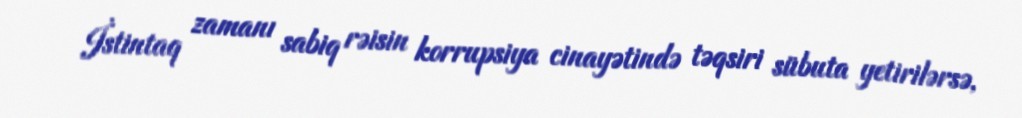
İstintaq zamanı sabiq rəisin korrupsiya cinayətində təqsiri sübuta yetirilərsə,